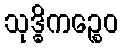
သုဒ္ဓိကဉ္စေဝ